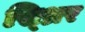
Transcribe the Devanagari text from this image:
स्थ्रिर